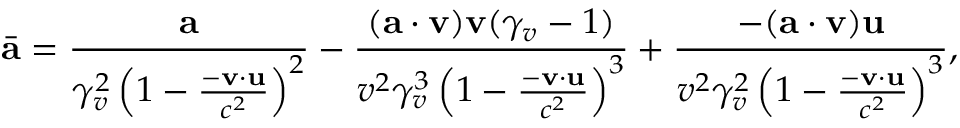
\bar { \mathbf { a } } = \frac { \mathbf { a } } { \gamma _ { v } ^ { 2 } \left( 1 - \frac { - \mathbf { v } \cdot \mathbf { u } } { c ^ { 2 } } \right) ^ { 2 } } - \frac { ( \mathbf { a } \cdot \mathbf { v } ) \mathbf { v } ( \gamma _ { v } - 1 ) } { v ^ { 2 } \gamma _ { v } ^ { 3 } \left( 1 - \frac { - \mathbf { v } \cdot \mathbf { u } } { c ^ { 2 } } \right) ^ { 3 } } + \frac { - ( \mathbf { a } \cdot \mathbf { v } ) \mathbf { u } } { v ^ { 2 } \gamma _ { v } ^ { 2 } \left( 1 - \frac { - \mathbf { v } \cdot \mathbf { u } } { c ^ { 2 } } \right) ^ { 3 } } ,